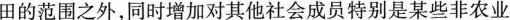
田的范围之外，同时增加对其他社会成员特别是某些非农业